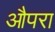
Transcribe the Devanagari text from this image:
औपरा